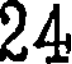
24